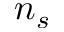
n _ { s }